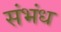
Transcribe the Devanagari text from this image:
संभंध